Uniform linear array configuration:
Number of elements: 32
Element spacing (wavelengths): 1
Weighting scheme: uniform
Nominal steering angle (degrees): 45
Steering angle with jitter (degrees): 44.213
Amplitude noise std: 0.05
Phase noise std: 0.05

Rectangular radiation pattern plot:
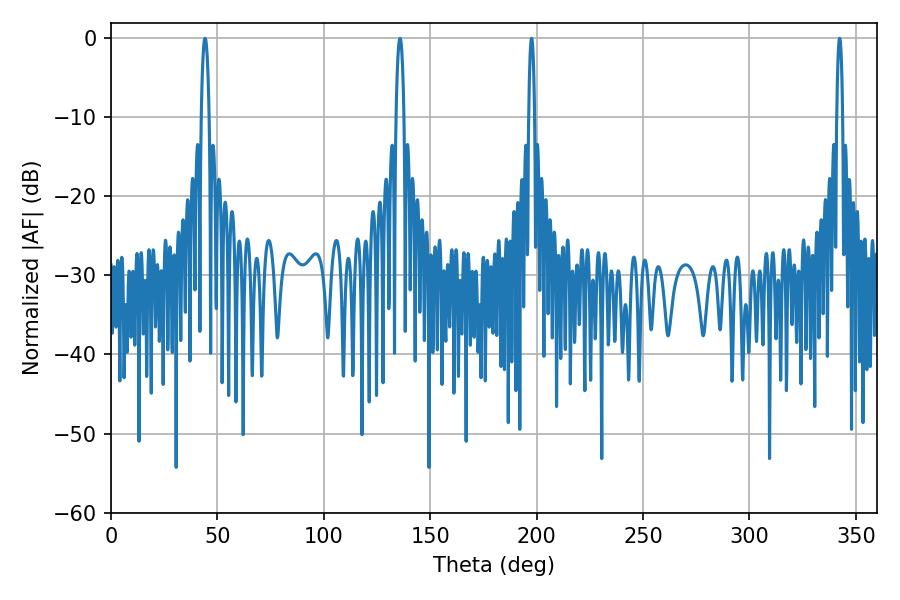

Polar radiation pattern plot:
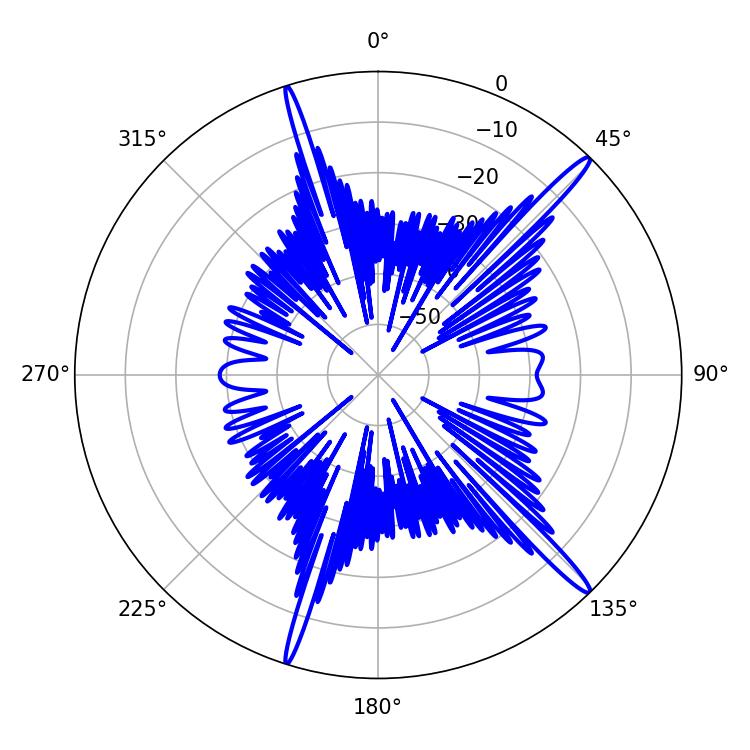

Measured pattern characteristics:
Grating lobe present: TRUE
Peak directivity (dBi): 16.924
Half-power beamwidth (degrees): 1.44
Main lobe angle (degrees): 342.36